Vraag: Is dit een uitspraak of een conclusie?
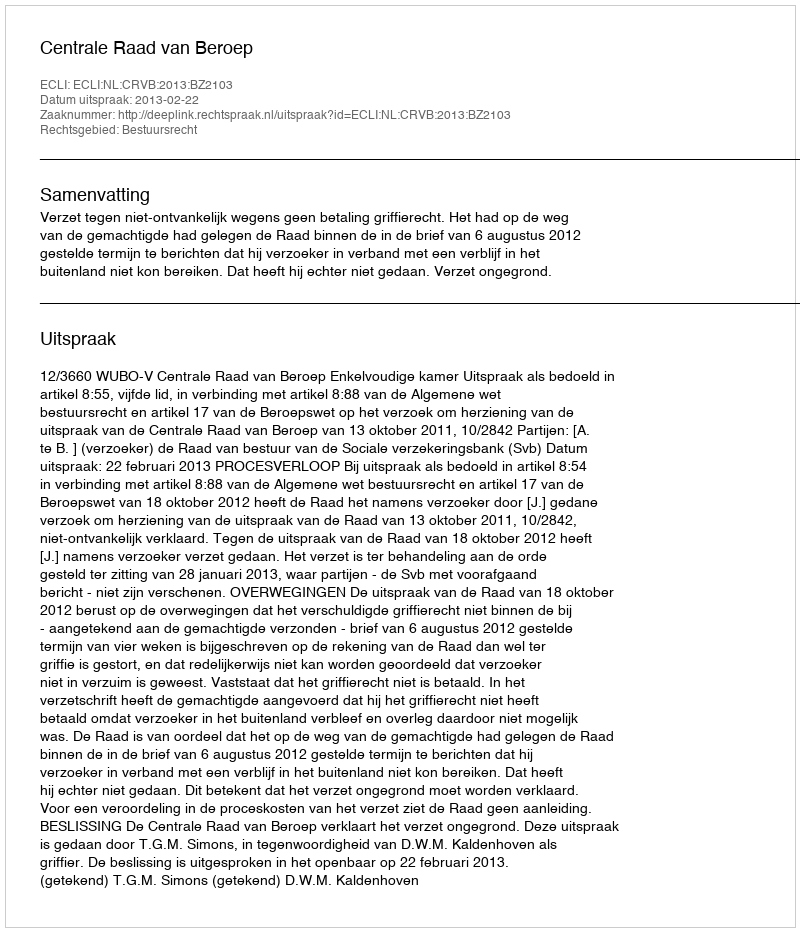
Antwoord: Uitspraak